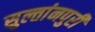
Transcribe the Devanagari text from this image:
सुल्तांनपुरी